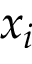
x _ { i }